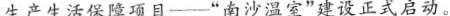
生产生活保障项目——”南沙温室”建设正式启动。